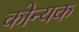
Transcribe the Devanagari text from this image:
कोन्यक